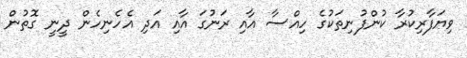
ވިޔަފާރިކުރާ ކުންފުނިތަކުގެ ހިއްސާ އާއި ރަނުގަ އާއި އަދި އެހެނިހެން ދީނީ ގޮތުން